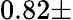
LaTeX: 0.82\pm